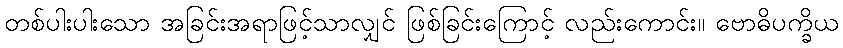
တစ်ပါးပါးသော အခြင်းအရာဖြင့်သာလျှင် ဖြစ်ခြင်းကြောင့် လည်းကောင်း။ ဗောဓိပက္ခိယ